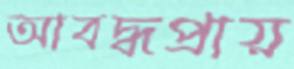
আবদ্ধপ্রায়